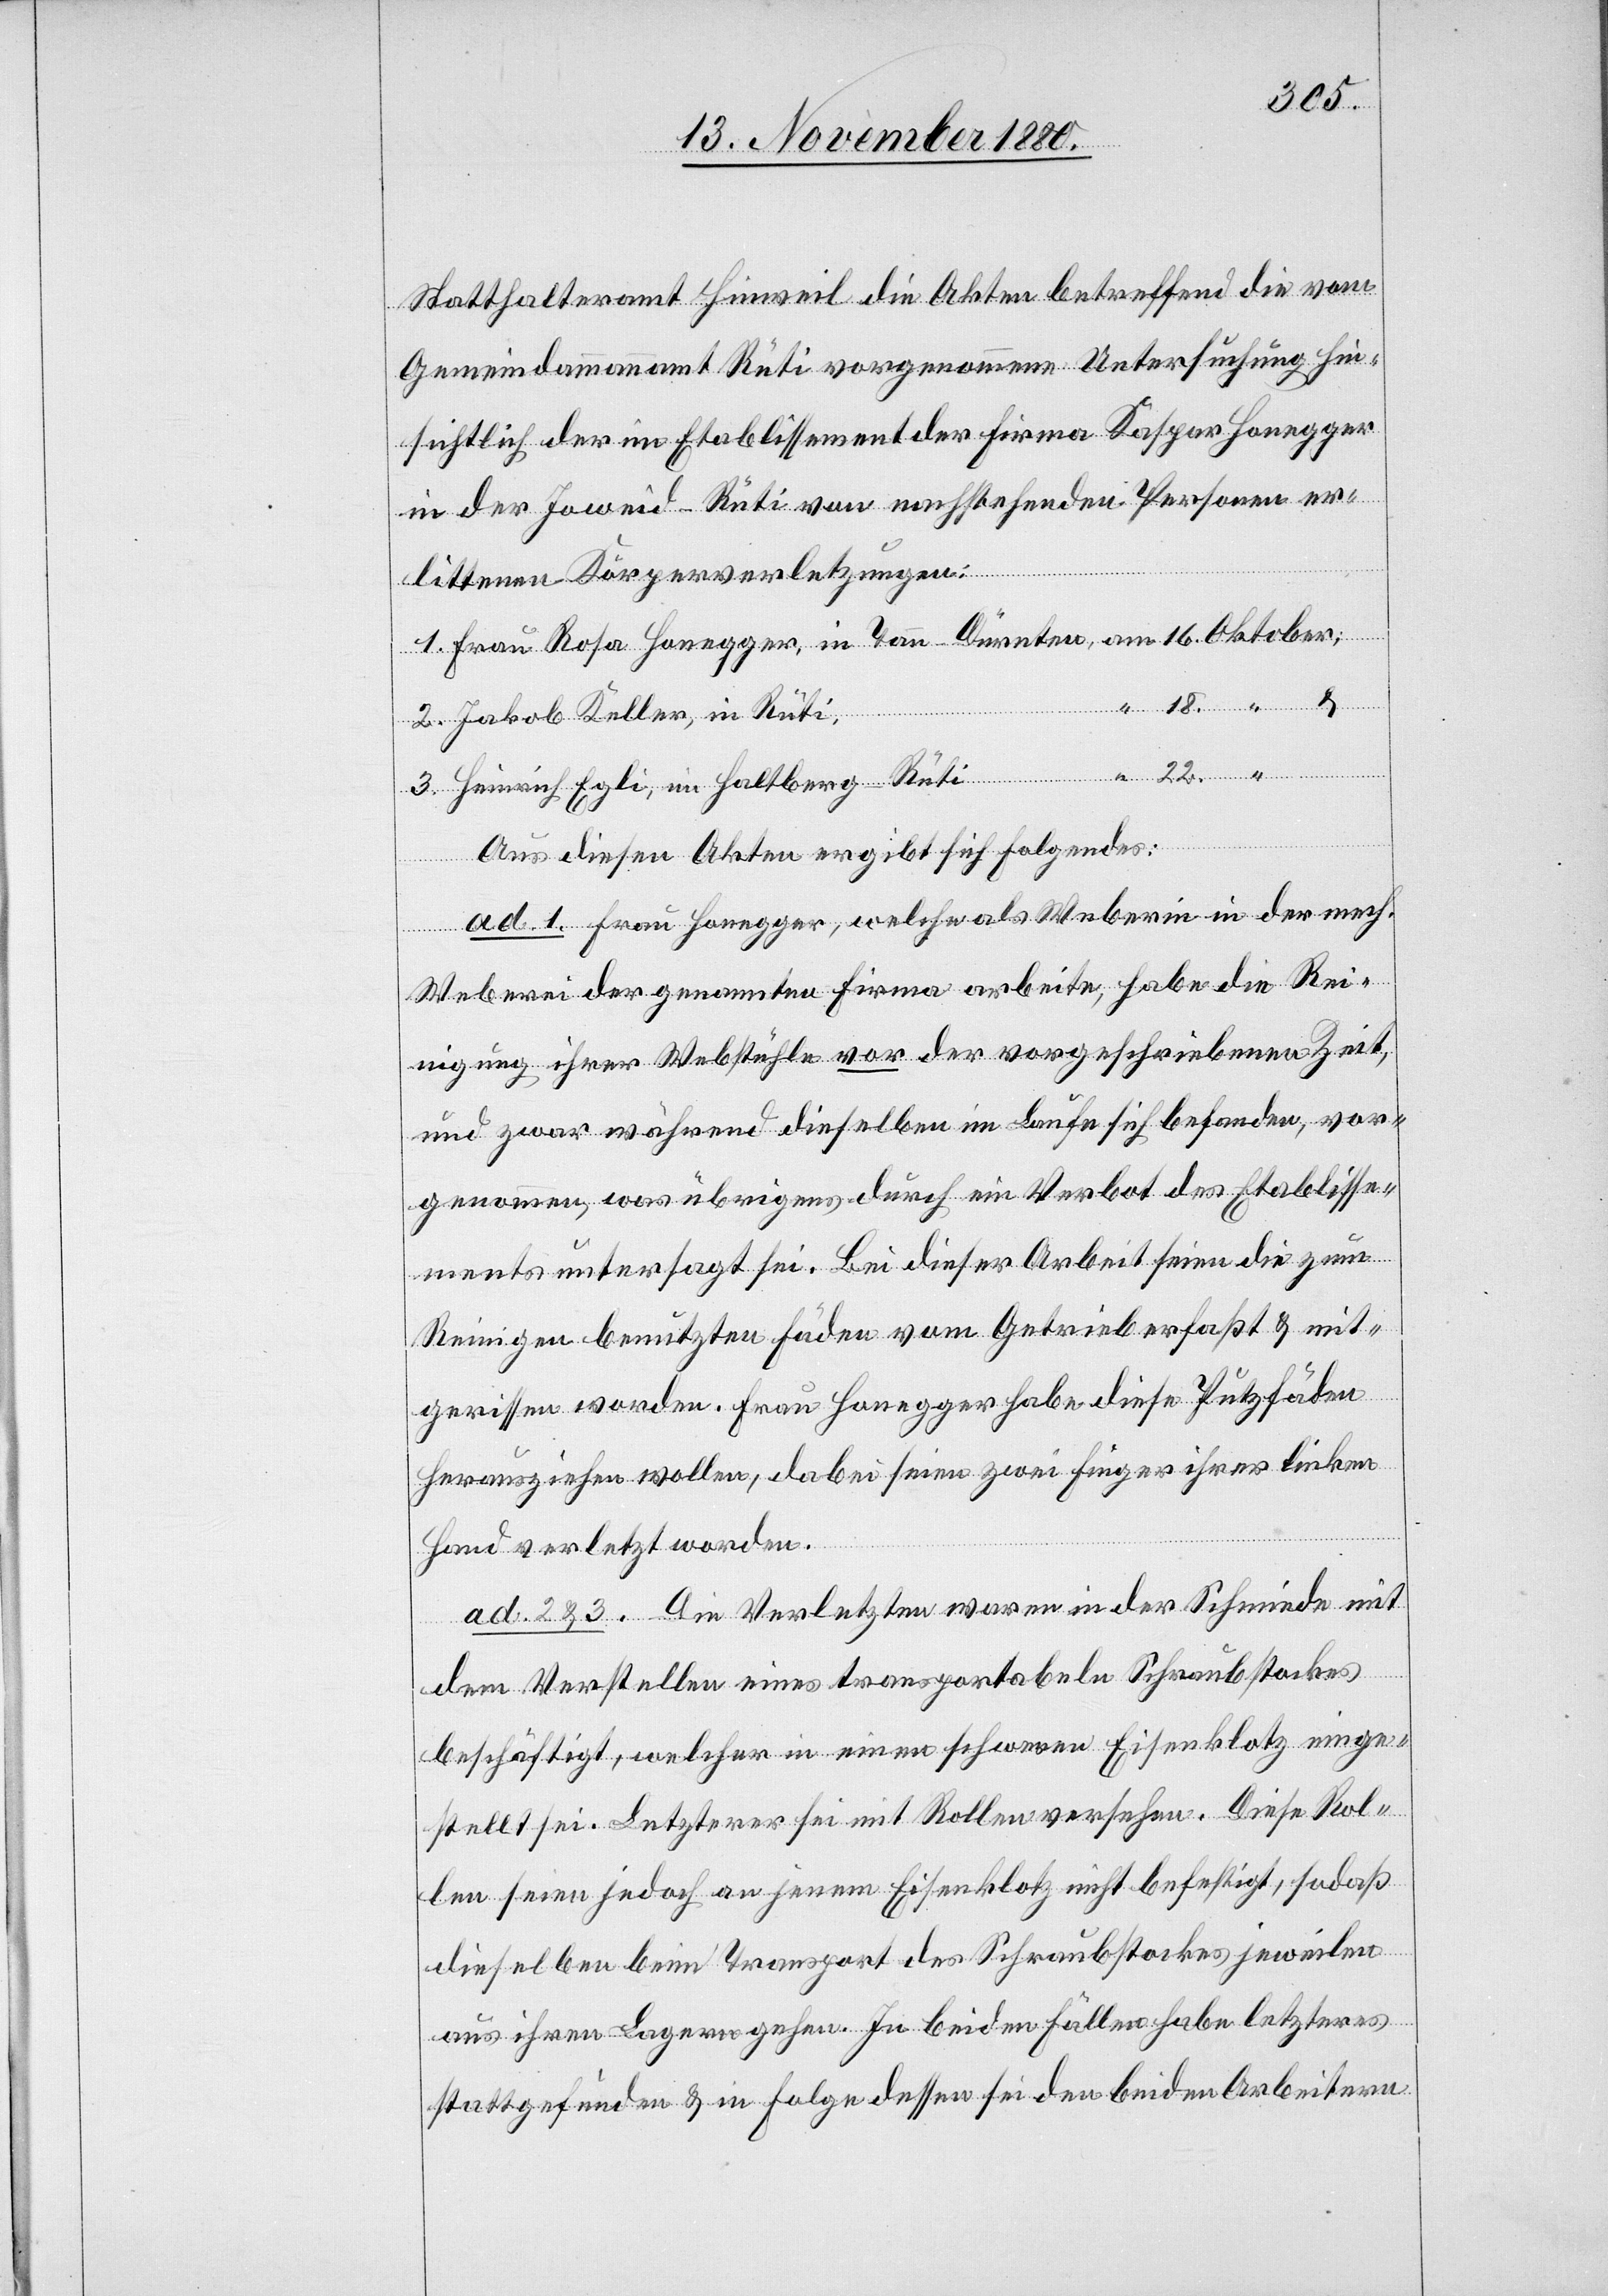
18.
Statthalteramt Hinweil die Akten betreffend die vom
Gemeindeammannamt Rüti vorgenommene Untersuchung hin¬
sichtlich der im Etablissement der Firma Kaspar Honegger
in der Joweid - Rüti von nachstehenden Personen er¬
littenen Körperverletzungen:
“
3.
Jakob Keller, in Rüti
Heinrich Egli, im Haltberg - Rüti
Aus diesen Akten ergibt sich Folgendes:
ad. 1. Frau Honegger, welche als Weberin in der mech.
Weberei der genannten Firma arbeite, habe die Rei¬
nigung ihrer Webstühle vor der vorgeschriebenen Zeit,
und zwar während dieselben im Laufe sich befanden, vor¬
genommen, was übrigens durch ein Verbot des Etablisse¬
ments untersagt sei. Bei dieser Arbeit seien die zum
Reinigen benutzten Fäden vom Getrieb erfaßt & mit¬
gerissen worden. Frau Honegger habe diese Putzfäden
herausziehen wollen, dabei seien zwei Finger ihrer linken
Hand verletzt worden.
ad. 2 & 3. Die Verletzten waren in der Schmiede mit
dem Verstellen eines transportablen Schraubstockes
beschäftigt, welcher in einen schweren Eisenklotz einge¬
stellt sei. Letzterer sei mit Rollen versehen. Diese Rol¬
len seien jedoch an jenem Eisenklotz nicht befestigt, sodaß
dieselben beim Transport des Schraubstockes jeweilen
aus ihren Lagern gehen. In beiden Fällen habe letzteres
stattgefunden & in Folge dessen sei den beiden Arbeitern